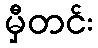
မှီတင်း